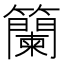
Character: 籣